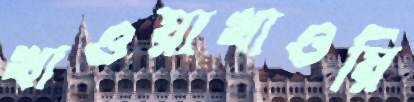
খাওয়াখাওয়ি